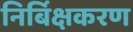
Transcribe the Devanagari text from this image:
निर्बिक्षकरण